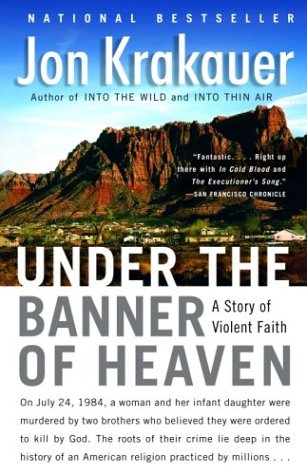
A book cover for Under the Banner of Heaven: A Story of Violent Faith; Jon Krakauer; Biographies & Memoirs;